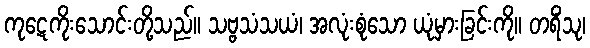
ကုဋေကိုးသောင်းတို့သည်။ သဗ္ဗသံသယံ၊ အလုံးစုံသော ယုံမှားခြင်းကို။ တရိံသု၊